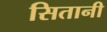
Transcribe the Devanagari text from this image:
सितानी